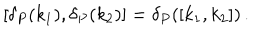
LaTeX: [ \delta _ { P } ( k _ { 1 } ) , \delta _ { P } ( k _ { 2 } ) ] = \delta _ { P } ( [ k _ { 1 } , k _ { 2 } ] ) \, .